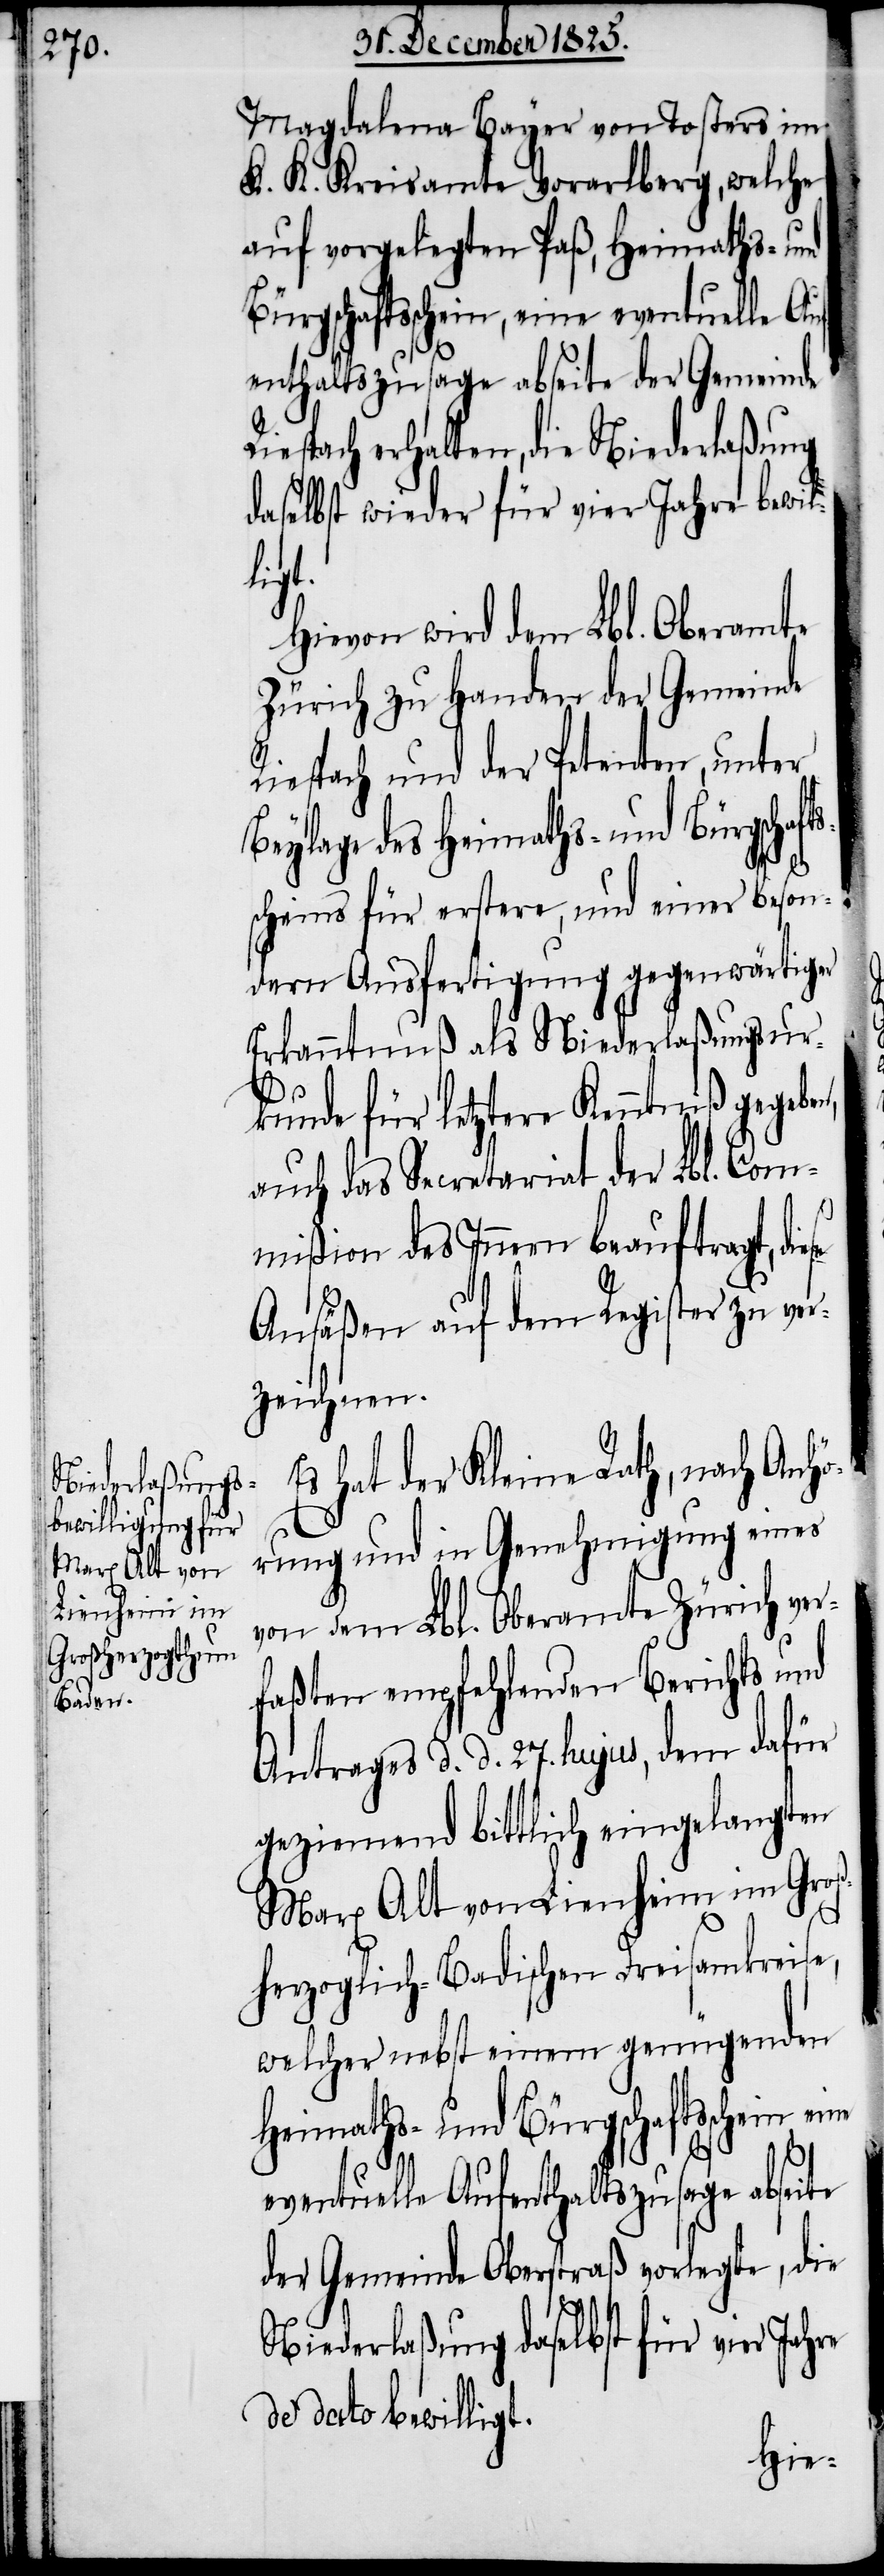
se

Magdalena Bayer von Tosters im
K. K. Kreisamte Vorarlberg, welche
auf vorgelegten Paß, Heimaths- und
Bürgschaftsschein, eine eventuelle Au¬
fenthaltszusage abseite der Gemeinde
espach erhalten, die Niederlaßung
daselbst wieder für vier Jahre bewil¬
eine
Hievon wird dem Lbl. Oberamte
Zürich zu Handen der Gemeinde
Riespach und der Petenten, unter
Beylage des Heimaths- und Bürgschaf¬
scheins für erstere, und einer beson¬
dern Ausfertigung gegenwärtiger
Erkanntnuß als Niederlaßungsur¬
kunde für letztere Kenntniß gegebe¬
auch das Secretariat der Lbl. Com¬
mißion des Innern beauftragt, die¬
Ansäßen auf dem Register ver¬
zeichnen.
Es hat der Kleine Rath, nach Anhö¬
rung und in Genehmigung eines
von dem Lbl. Oberamte Zürich ver¬
faßten empfehlenden Berichts und
Antrages d. d. 27. hujus, dem dafür
geziemend bittlich eingelangten
Marx Alt von Lienheim im Groß¬
herzoglich-Badischen Dreisamkreise,
welcher nebst einem genügenden
Heimaths- und Bürgschaftsschein
eventuelle Aufenthaltszusage abseite
der Gemeinde Oberstraß vorlegte, die
Niederlaßung daselbst für vier Jahre
de dato bewilligt.